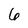
Character: 6